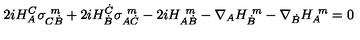
2 i H _ { A } ^ { C } \sigma _ { C \dot { B } } ^ { \ m } + 2 i H _ { \dot { B } } ^ { \dot { C } } \sigma _ { A \dot { C } } ^ { \ m } - 2 i H _ { A \dot { B } } ^ { \ m } - \nabla _ { A } H _ { \dot { B } } ^ { \ m } - \nabla _ { \dot { B } } H _ { A } ^ { \ m } = 0